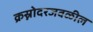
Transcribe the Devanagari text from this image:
क्रस्नोदरजवळील